[Report on the health of British troops in the Madras command]
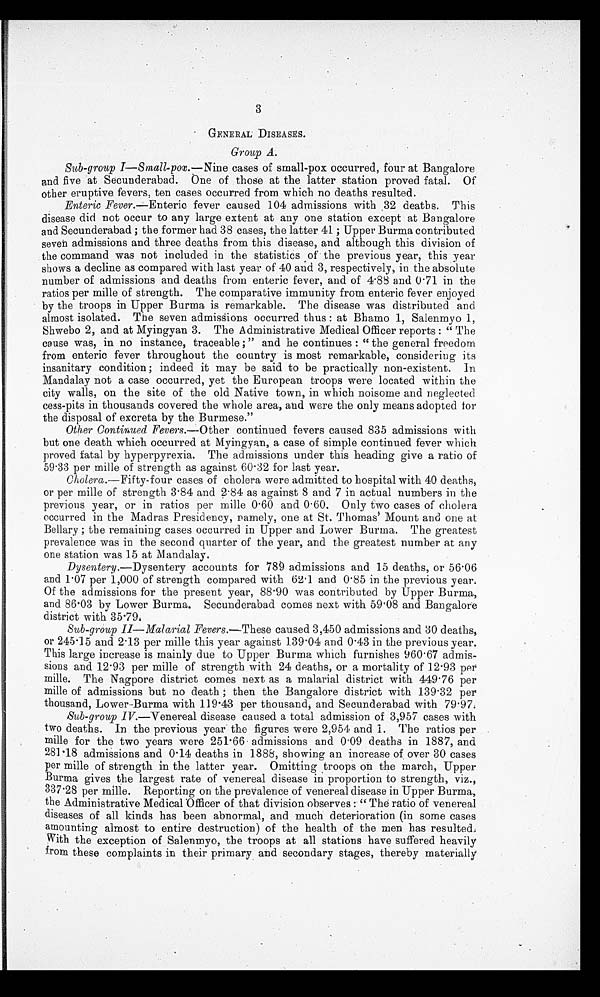
3
GENERAL DISEASES.
Group A.
Sub-group I—Small-pox.— Nine cases of small-pox occurred, four at Bangalore
and five at Secunderabad. One of those at the latter station proved fatal. Of
other eruptive fevers, ten cases occurred from which no deaths resulted.
Enteric Fever.—Enteric fever caused 104 admissions with 32 deaths. This
disease did not occur to any large extent at any one station except at Bangalore
and Secunderabad ; the former had 38 cases, the latter 41 ; Upper Burma contributed
seven admissions and three deaths from this disease, and although this division of
the command was not included in the statistics of the previous year, this year
shows a decline as compared with last year of 40 and 3, respectively, in the absolute
number of admissions and deaths from enteric fever, and of 4.88 and 0.71 in the
ratios per mille of strength. The comparative immunity from enteric fever enjoyed
by the troops in Upper Burma is remarkable. The disease was distributed and
almost isolated. The seven admissions occurred thus : at Bhamo 1, Salenmyo 1,
Shwebo 2, and at Myingyan 3. The Administrative Medical Officer reports : "The
cause was, in no instance, traceable ;" and he continues : "the general freedom
from enteric fever throughout the country is most remarkable, considering its
insanitary condition; indeed it may be said to be practically non-existent. In
Mandalay not a case occurred, yet the European troops were located within the
city walls, on the site of the old Native town, in which noisome and neglected
cess-pits in thousands covered the whole area, and were the only means adopted for
the disposal of excreta by the Burmese."
Other Continued Fevers.— Other continued fevers caused 835 admissions with
but one death which occurred at Myingyan, a case of simple continued fever which
proved fatal by hyperpyrexia. The admissions under this heading give a ratio of
59.33 per mille of strength as against 60.32 for last year.
Cholera .—Fifty-four cases of cholera were admitted to hospital with 40 deaths,
or per mills of strength 3.84 and 2.84 as against 8 and 7 in actual numbers in the
previous year, or in ratios per mille 0.60 and 0.60. Only two cases of cholera
occurred in the Madras Presidency, namely, one at St. Thomas ' Mount and one at
Bellary ; the remaining cases occurred in Upper and Lower Burma. The greatest
prevalence was in the second quarter of the year, and the greatest number at any
one station was 15 at Mandalay,
Dysentery .—Dysentery accounts for 789 admissions and 15 deaths, or 56.06
and 1.07 per 1,000 of strength compared with 62.1 and 0.85 in the previous year.
Of the admissions for the present year, 88.90 was contributed by Upper Burma,
and 86.03 by Lower Burma. Secunderabad comes next with 59.08 and Bangalore
district with 35.79.
Sub-group II—Malarial Fevers.—These caused 3,450 admissions and 30 deaths,
or 245.15 and 2.13 per mille this year against 139.04 and 0.43 in the previous year.
This large increase is mainly due to Upper Burma which furnishes 960.67 admis-
sions and 12.93 per mille of strength with 24 deaths, or a mortality of 12.93 per
mille. The Nagpore district comes next as a malarial district with 449.76 per
mille of admissions but no death ; then the Bangalore district with 139.32 per
thousand, Lower-Burma with 119.43 per thousand, and Secunderabad With 79.97:
Sub-group IV.—Venereal disease caused a total admission of 3,957 cases with
two deaths. In the previous year the figures were 2,954 and 1. The ratios per
mille for the two years were 251.66 admissions and 0.09 deaths in 1887, and
281.18 admissions and 0.14 deaths in 1888, showing an increase of over 30 cases
per mille of strength in the latter year. Omitting troops on the march, Upper
Burma gives the largest rate of venereal disease in proportion to strength, viz.,
337.28 per mille. Reporting on the prevalence of venereal disease in Upper Burma,
the Administrative Medical Officer of that division observes : "The ratio of venereal
diseases of all kinds has been abnormal, and much deterioration (in some cases
amounting almost to entire destruction) of the health of the men has resulted,
With the exception of Salenmyo, the troops at all stations have suffered heavily
from these complaints in their primary and secondary stages, thereby materially